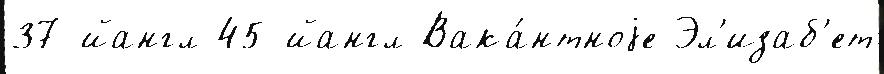
37-йангл 45-йангл Вака́нтноjе Эл'изаб'ет